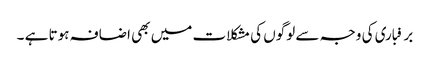
برفباری کی وجہ سے لوگوں کی مشکلات میں بھی اضافہ ہوتا ہے ۔